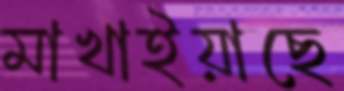
মাখাইয়াছে